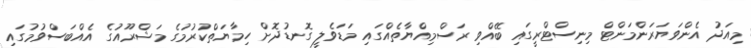
މިއަދު އެންވަޔަރަންމަންޓް މިނިސްޓްރީގައި ބޭއްވި ރަސްމިއްޔާތެއްގައި މަޑަވެލީ ގޮނޑުދޮށް ހިމާޔަތްކުރުމުގެ މަޝްރޫއުގެ އެއްބަސްވުމުގައި